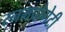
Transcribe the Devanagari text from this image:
स्नमप्रोगेटी